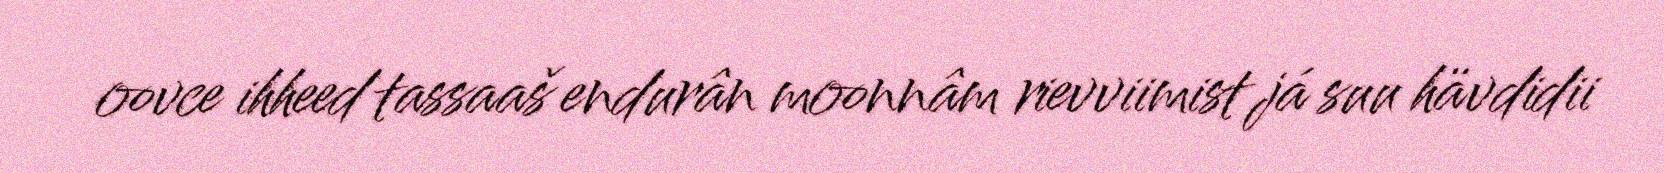
oovce ihheed tassaaš endurân moonnâm rievviimist já suu hävdidii